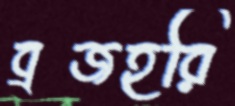
ব্রজহরি